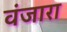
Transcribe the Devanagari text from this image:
वंजारा